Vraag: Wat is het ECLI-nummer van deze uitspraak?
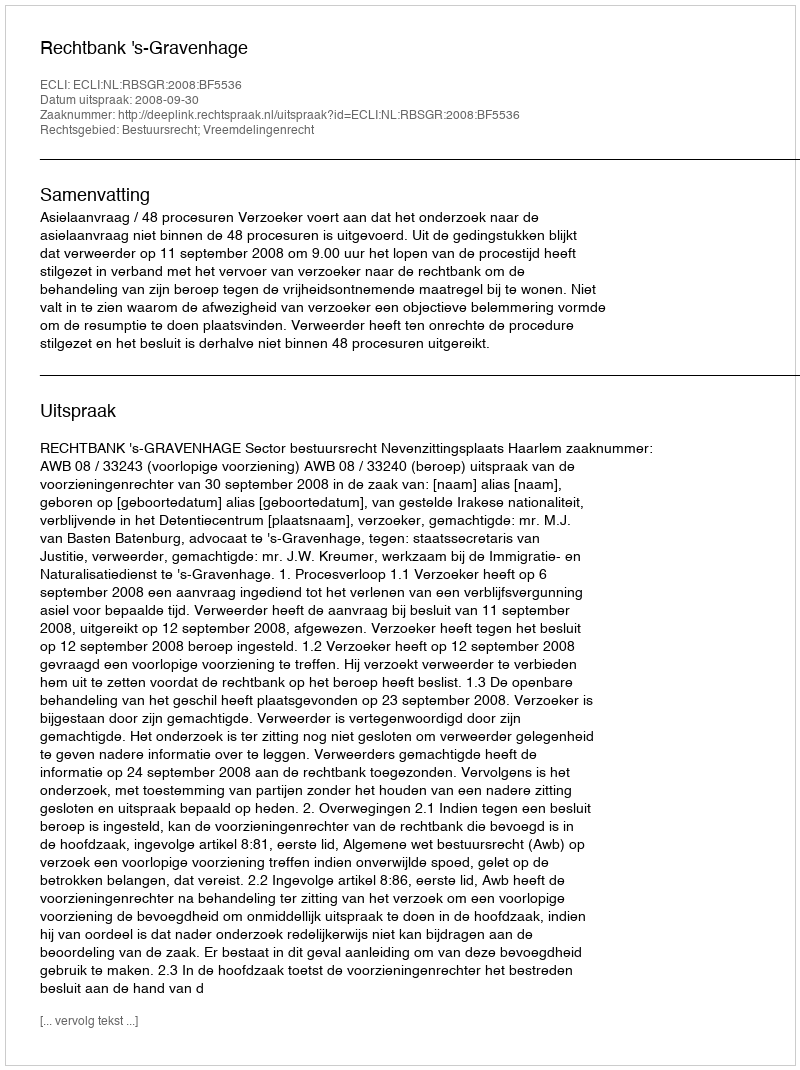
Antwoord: ECLI:NL:RBSGR:2008:BF5536